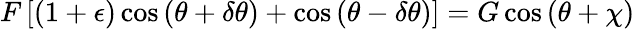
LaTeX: F\left[\left(1+\epsilon\right)\cos\left(\theta+\delta\theta\right)+\cos\left(\theta-\delta\theta\right)\right]=G\cos\left(\theta+\chi\right)